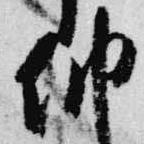
納